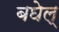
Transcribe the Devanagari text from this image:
बघेल्